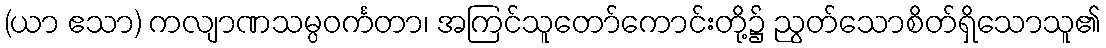
(ယာ ဧသာ) ကလျာဏသမ္ပဝင်္ကတာ၊ အကြင်သူတော်ကောင်းတို့၌ ညွတ်သောစိတ်ရှိသောသူ၏